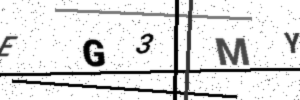
Text: EG3MY